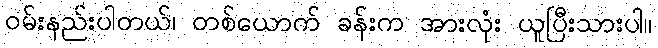
ဝမ်းနည်းပါတယ်၊ တစ်ယောက် ခန်းက အားလုံး ယူပြီးသားပါ။